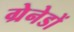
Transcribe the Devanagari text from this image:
ग्रेनेडों